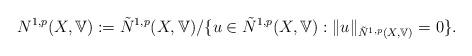
LaTeX: \begin{align*}N^{1,p}(X,\mathbb{V}):=\tilde{N}^{1,p}(X,\mathbb{V})/\{u\in \tilde{N}^{1,p}(X,\mathbb{V}): \|u\|_{\tilde{N}^{1,p}(X,\mathbb{V})}=0\}.\end{align*}